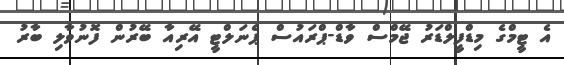
އެ ޓީމްގެ މިޑްފީލްޑަރު ޖޭމްސް ވާޑް-ޕްރައުސް ޕެނަލްޓީ އޭރިއާ ބޭރުން ފޮނުވާލި ބާރު